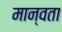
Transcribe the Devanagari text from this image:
मान्वता